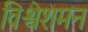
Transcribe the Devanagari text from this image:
विश्वेशमन